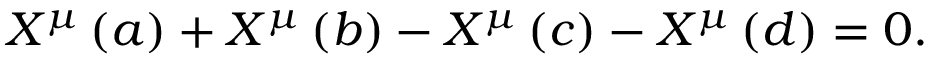
X ^ { \mu } \left( a \right) + X ^ { \mu } \left( b \right) - X ^ { \mu } \left( c \right) - X ^ { \mu } \left( d \right) = 0 .